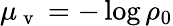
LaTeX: {\mu_{\mathrm{~v~}}=-\log\rho_{0}}